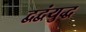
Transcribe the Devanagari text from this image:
द्वद्वंयुद्ध